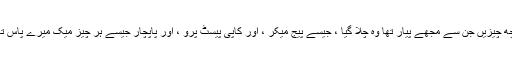
کچھ چیزیں جن سے مجھے پیار تھا وہ چلا گیا ، جیسے پیج میکر ، اور کاپی پیسٹ پرو ، اور پاپچار جیسے ہر چیز میک میرے پاس تھا۔